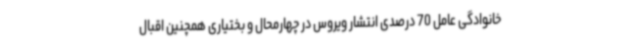
خانوادگی عامل 70 درصدی انتشار ویروس در چهارمحال و بختیاری همچنین اقبال